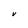
Character: V